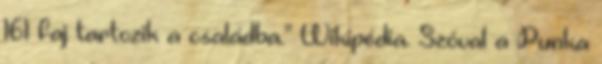
161 faj tartozik a családba." Wikipédia. Szóval a Punka